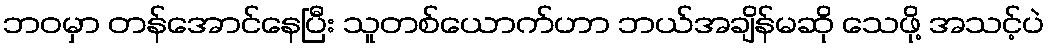
ဘဝမှာ တန်အောင်နေပြီး သူတစ်ယောက်ဟာ ဘယ်အချိန်မဆို သေဖို့ အသင့်ပဲ